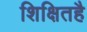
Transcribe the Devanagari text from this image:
शिक्षितहै